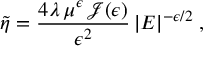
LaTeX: \widetilde { \eta } = \frac { 4 \lambda \, \mu ^ { \epsilon } \, { \mathcal J } ( \epsilon ) } { \epsilon ^ { 2 } } \, | E | ^ { - \epsilon / 2 } \; ,